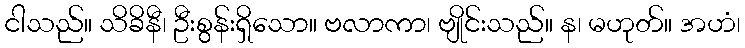
ငါသည်။ သိခိနီ၊ ဦးစွန်းရှိသော။ ဗလာကာ၊ ဗျိုင်းသည်။ န၊ မဟုတ်။ အဟံ၊